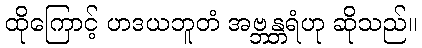
ထိုကြောင့် ဟဒယဘူတံ အဗ္ဘန္တရံဟု ဆိုသည်။